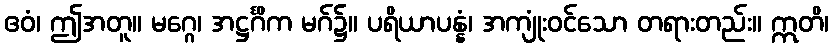
ဧဝံ၊ ဤအတူ။ မဂ္ဂေ၊ အဋ္ဌင်္ဂိက မဂ်၌။ ပရိယာပန္နံ၊ အကျုံးဝင်သော တရားတည်း။ ဣတိ၊